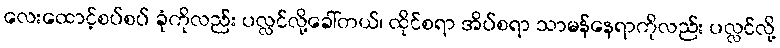
လေးထောင့်စပ်စပ် ခုံကိုလည်း ပလ္လင်လို့ခေါ်တယ်၊ ထိုင်စရာ အိပ်စရာ သာမန်နေရာကိုလည်း ပလ္လင်လို့